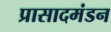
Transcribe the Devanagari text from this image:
प्रासादमंडन